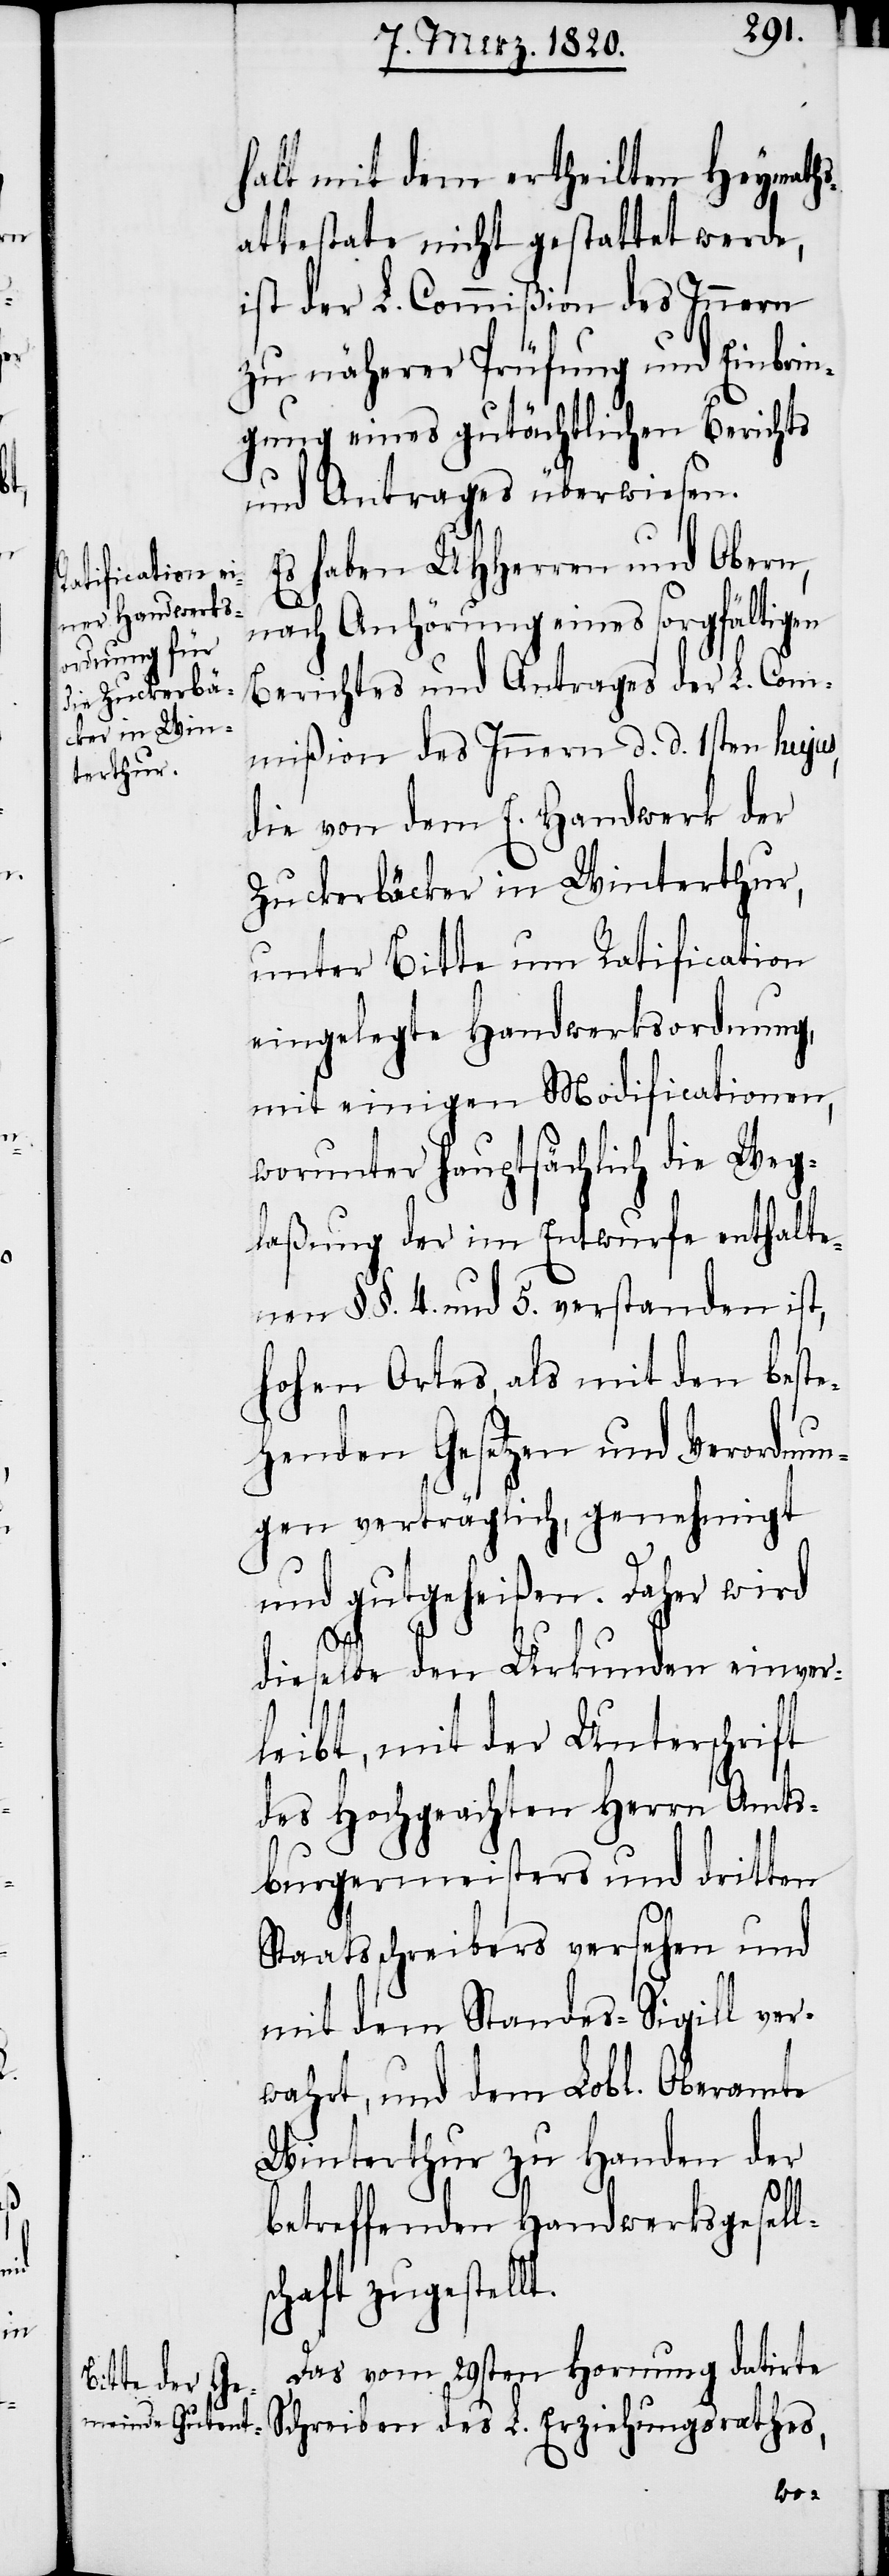
halt mit dem ertheilten Heyraths¬
attestate nicht gestattet werde,
ist der L. Commißion des Innern
zu näherer Prüfung und Einbrin¬
gung eines gutächtlichen Berichts
und Antrages überwiesen.
Es haben UHHerren und Obern,
nach Anhörung eines sorgfältigen
Berichtes und Antrages der L. Com¬
mißion des Innern d. d. 1sten hujus,
die von dem E. Handwerk der
Zuckerbäcker in Winterthur,
unter Bitte um Ratification
eingelegte Handwerksordnung,
mit einigen Modificationen,
worunter hauptsächlich die Weg¬
laßung der im Entwurfe enthalte¬
nen §§. 4. und 5. verstanden ist,
hohen Ortes, als mit den beste¬
henden Gesetzen und Verordnun¬
gen verträglich, genehmigt
und gutgeheißen. Daher wird
dieselbe den Urkunden einver¬
leibt, mit der Unterschrift
des Hochgeachten Herrn Amts¬
burgermeisters und dritten
Staatsschreibers versehen und
mit dem Standes-Sigill ver¬
wahrt, und dem Lobl. Oberamte
Winterthur zu Handen der
betreffenden Handwerksgesells¬
chaft zugestellt.
Das vom 29sten Hornung datirte
Schreiben des L. Erziehungsrathes,